Annual administration and progress report of the Indian Medical Department, Bombay
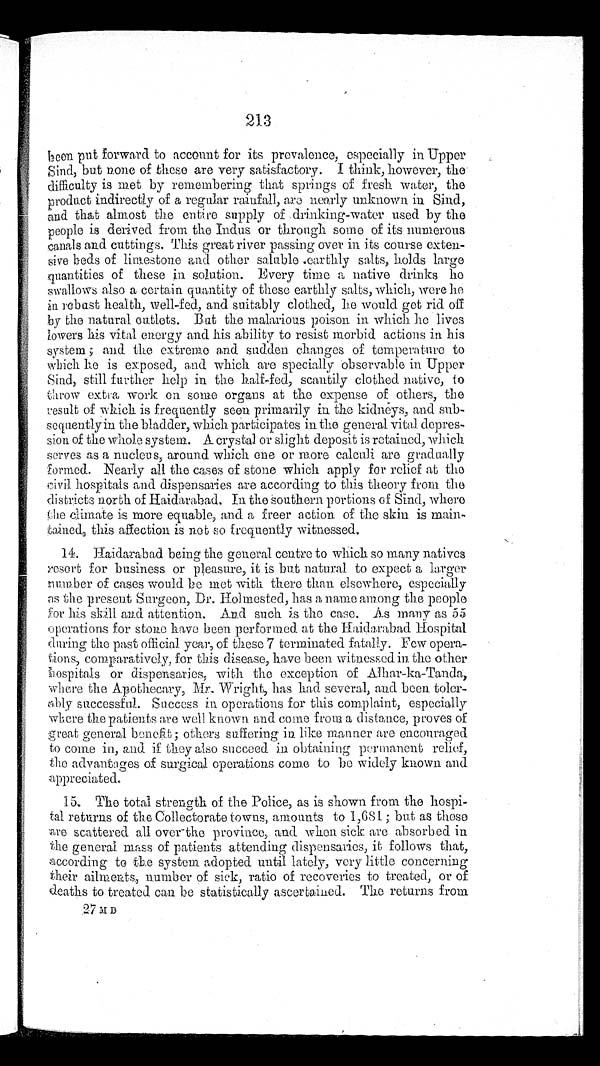
213
been put forward to account for its prevalence, especially in Upper
Sind, but none of these are very satisfactory. I think, however, the
difficulty is met by remembering that springs of fresh water, the
product indirectly of a regular are nearly unknown in Sind,
and that almost the entire supply of drinking-water used by the
people is derived from the Indus or through some of its numerous
canals and cuttings. This great river passing over in its course exten
-sive beds of limestone and other saluble earthly salts, holds large
quantities of these in solution. Every time a native drinks he
swallows also a certain quantity of these earthly salts, which, were he
in rebust health, well-fed, and suitably clothed, he would get rid off
by the natural outlets. But the malarious poison in which he lives
lowers his vital energy and his ability to resist morbid actions in his
system ; and the extreme and sudden changes of temperature to
which he is exposed, and which are specially observable in Upper
Sind, still further help in the half-fed, scantily clothed native, to
throw extra work on some organs at the expense of others, the
result of which is frequently seen primarily in the kidneys, and sub
-sequently in the bladder, which participates in the general vital depres
-sion of the whole system. A crystal or slight deposit is retained, which
serves as a nucleus, around which one or more calculi are gradually
formed. Nearly all the cases of stone which apply for relief at the
hospitals and dispensaries are according to this theory from the
districts north of Haidarabad. In the southern portions of Sind, where
the climate is more equable, and a freer action of the skin is main
-ained, this affection is not so frequently witnessed.
14. Haidarabad being the general centre to which so many natives
resort for business or pleasure, it is but natural to expect a larger
number of cases would be met with there than elsewhere, especially
as the present Surgeon, Dr. Holmested, has a name among the people
for his skill and attention. And such is the case. As many as 55
operations for stone have been performed at the Haidarabad Hospital
during the past official year, of these 7 terminated fatally. Few opera
-tions, comparatively, for this disease, have been witnessed in the other
hospitals or dispensaries, with the exception of Alhar-ka-Tanda,
where the Apothecary, Mr. Wright, has had several, and been toler
-ably successful. Success in operations for this complaint, especially
where the patients are well known and come from a distance, proves of
great general benefit ; others suffering in like manner are encouraged
to come in, and if they also succeed in obtaining permanent relief,
the advantages of surgical operations come to be widely known and
appreciated.
15. The total strength of the Police, as is shown from the hospi
-tal returns of the Collectorate towns, amounts to 1,681 ; but as these
are scattered all over the province, and when sick are absorbed in
the general mass of patients attending dispensaries, it follows that,
according to the system adopted until lately, very little concerning
their ailments, number of sick, ratio of recoveries to treated, or of
deaths to treated can be statistically ascertained. The returns from
27 M D